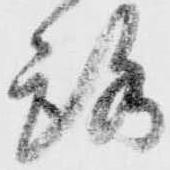
路